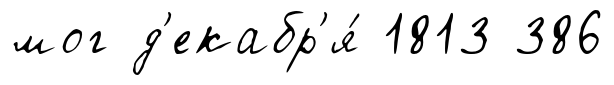
мог д'екабр'я́ 1813 386